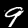
Label: 9